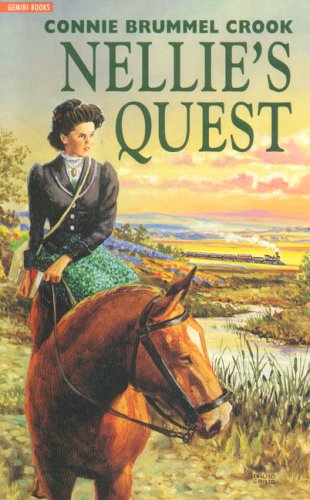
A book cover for Nellie's Quest (Nellie McClung); Connie Brummel Crook; Teen & Young Adult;